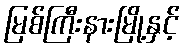
မြစ်ကြီးနားမြို့နှင့်